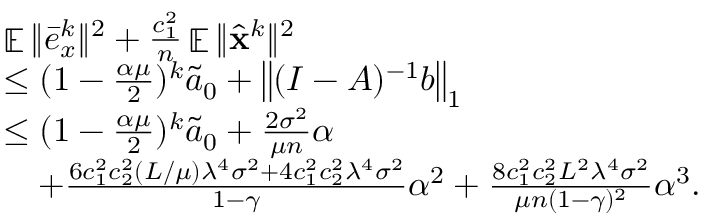
\begin{array} { r l } & { \mathop { \mathbb { E } } \| \bar { e } _ { x } ^ { k } \| ^ { 2 } + \frac { c _ { 1 } ^ { 2 } } { n } \mathop { \mathbb { E } } \| \hat { { \mathbf { x } } } ^ { k } \| ^ { 2 } } \\ & { \leq ( 1 - \frac { \alpha \mu } { 2 } ) ^ { k } \tilde { a } _ { 0 } + \left\| ( I - A ) ^ { - 1 } b \right\| _ { 1 } } \\ & { \leq ( 1 - \frac { \alpha \mu } { 2 } ) ^ { k } \tilde { a } _ { 0 } + \frac { 2 \sigma ^ { 2 } } { \mu n } \alpha } \\ & { \quad + \frac { 6 c _ { 1 } ^ { 2 } c _ { 2 } ^ { 2 } ( L / \mu ) \lambda ^ { 4 } \sigma ^ { 2 } + 4 c _ { 1 } ^ { 2 } c _ { 2 } ^ { 2 } \lambda ^ { 4 } \sigma ^ { 2 } } { 1 - \gamma } \alpha ^ { 2 } + \frac { 8 c _ { 1 } ^ { 2 } c _ { 2 } ^ { 2 } L ^ { 2 } \lambda ^ { 4 } \sigma ^ { 2 } } { \mu n ( 1 - \gamma ) ^ { 2 } } \alpha ^ { 3 } . } \end{array}